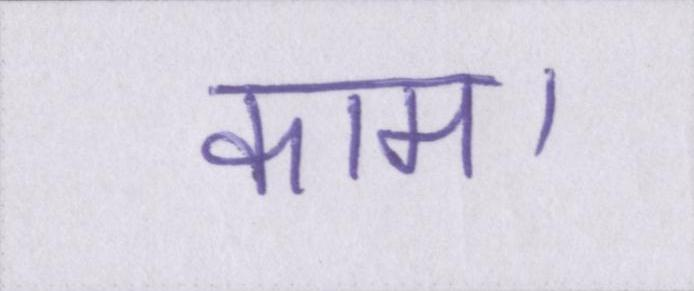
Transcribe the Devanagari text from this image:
काम।